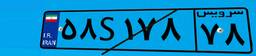
۵۸S۱۷۸۷۸